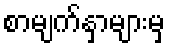
စာမျက်နှာများမှ